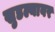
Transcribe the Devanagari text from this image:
खुडल्यावर